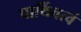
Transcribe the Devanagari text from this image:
पार्थिवत्वं